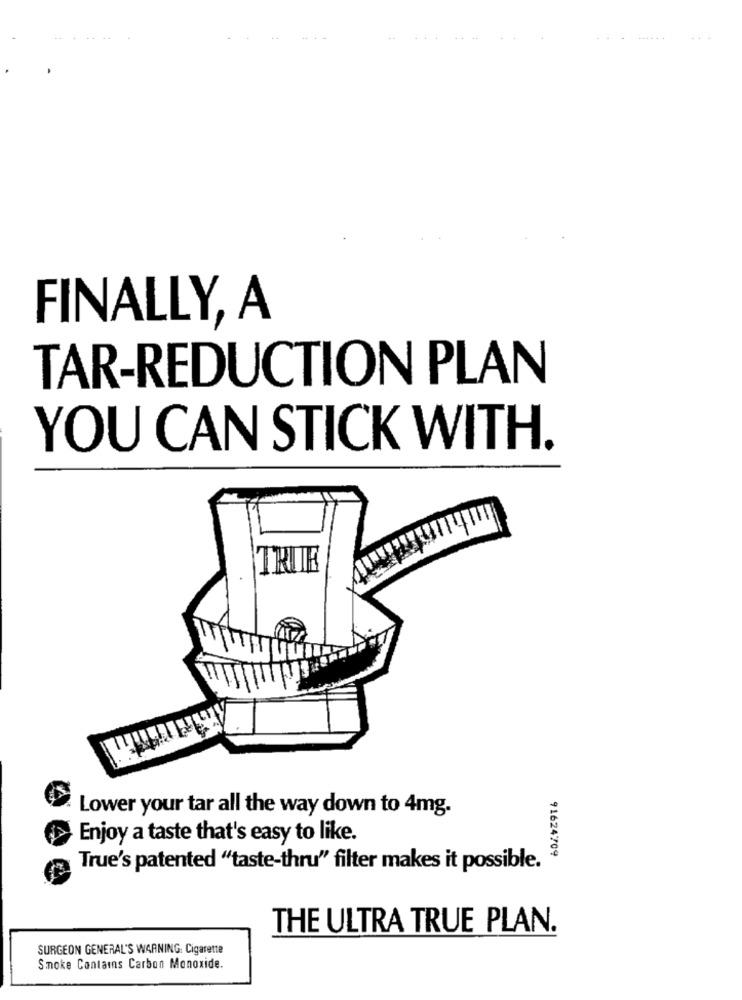
FINALLY, A
TAR-REDUCTION PLAN
YOU CAN STICK WITH.
TRUE
Lower your tar all the way down to 4mg.
Enjoy a taste that's easy to like.
91624709
True's patented "taste-thru" filter makes it possible.
THE ULTRA TRUE PLAN.
SURGEON GENERAL'S WARNING. Cigarette
Smoke Contains Carbon Monoxide.